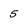
Character: 5